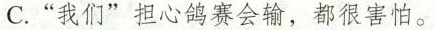
C.“我们”担心鸽赛会输，都很害怕。